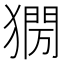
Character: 𤡌